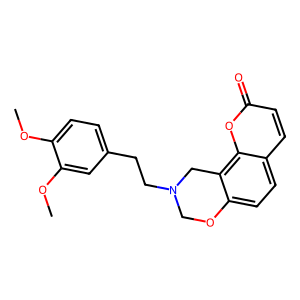
SMILES: COc1ccc(CCN2COc3ccc4ccc(=O)oc4c3C2)cc1OC
Inhibits HIV replication: No